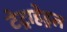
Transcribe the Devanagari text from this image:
टेट्राहेड्रल